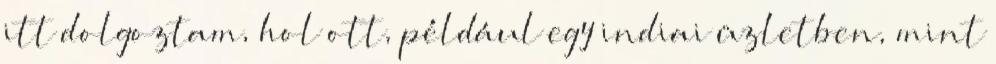
itt dolgoztam, hol ott, például egy indiai üzletben, mint